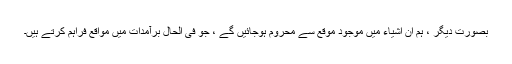
بصورت دیگر ، ہم ان اشیاء میں موجود موقع سے محروم ہوجائیں گے ، جو فی الحال برآمدات میں مواقع فراہم کرتے ہیں۔